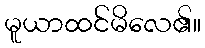
မူယာထင်မိလေ၏။